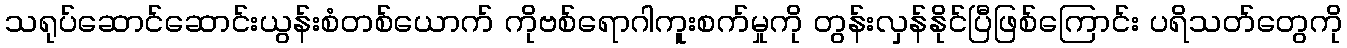
သရုပ်ဆောင်ဆောင်းယွန်းစံတစ်ယောက် ကိုဗစ်ရောဂါကူးစက်မှုကို တွန်းလှန်နိုင်ပြီဖြစ်ကြောင်း ပရိသတ်တွေကို